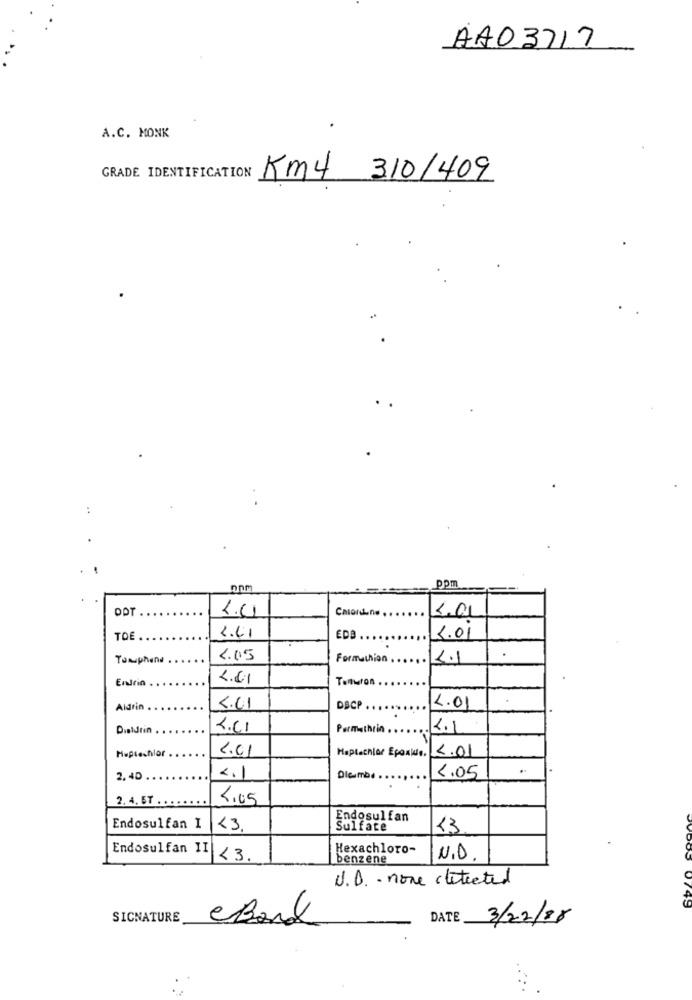
AA03717
A.C. MONK
GRADE IDENTIFICATION
Km4 310/409
ppr
DOT .
1.4
Calordone .
40
TOE
2.41
EDB
1.01
Tonphane
2.05
Formachion .
1.1
Endrin
4.01
Tenuron .
Aldrin
4.41
DSCP
L.01
Dialdrin
2.61
Permethrin.
4.1
Heptechlor .
2.01
Maplechiar Epoxio. C.01
2.40
2.1
Dleambe
1.05
2. 4. 67 ..
4.05
Endosulfan
Endosulfan I
13.
Sulfate
23
Hexachloro-
Endosulfan II <3.
benzene
N.O
U.D .- none detected
0749
SIGNATURE
eBand
DATE
3/22/88